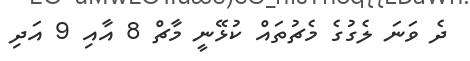
ދެ ވަނަ ލެގުގެ މެޗުތައް ކުޅޭނީ މާޗް 8 އާއި 9 އަދި